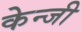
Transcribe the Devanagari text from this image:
केन्जी